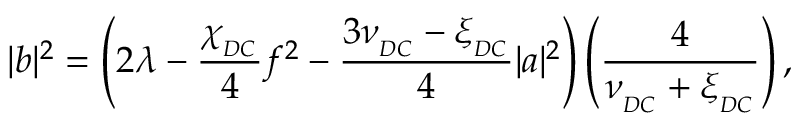
| b | ^ { 2 } = \left( 2 \lambda - \frac { \chi _ { _ { D C } } } { 4 } f ^ { 2 } - \frac { 3 \nu _ { _ { D C } } - \xi _ { _ { D C } } } { 4 } | a | ^ { 2 } \right) \left( \frac { 4 } { \nu _ { _ { D C } } + \xi _ { _ { D C } } } \right) ,